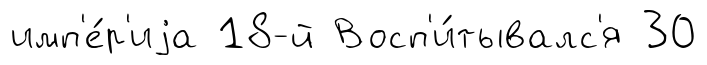
имп'е́р'иjа 18-й Восп'и́тывалс'я 30